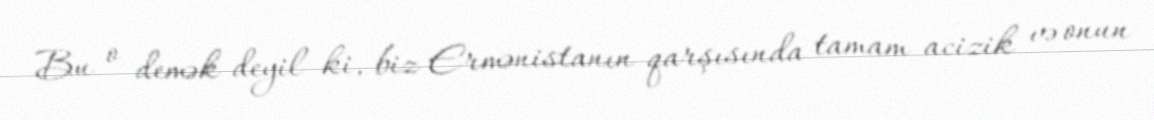
Bu o demək deyil ki, biz Ermənistanın qarşısında tamam acizik və onun